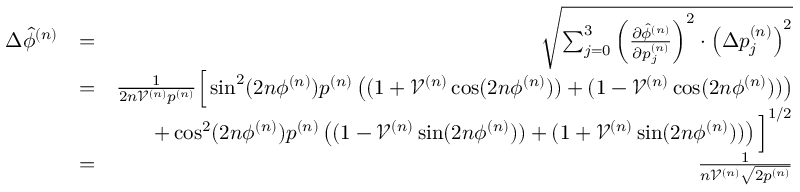
\begin{array} { r l r } { \Delta \hat { \phi } ^ { ( n ) } } & { = } & { \sqrt { \sum _ { j = 0 } ^ { 3 } \left( \frac { \partial \hat { \phi } ^ { ( n ) } } { \partial p _ { j } ^ { ( n ) } } \right) ^ { 2 } \cdot \left( \Delta p _ { j } ^ { ( n ) } \right) ^ { 2 } } } \\ & { = } & { \frac { 1 } { 2 n \mathcal { V } ^ { ( n ) } p ^ { ( n ) } } \Big [ \sin ^ { 2 } ( 2 n \phi ^ { ( n ) } ) p ^ { ( n ) } \left( ( 1 + \mathcal { V } ^ { ( n ) } \cos ( 2 n \phi ^ { ( n ) } ) ) + ( 1 - \mathcal { V } ^ { ( n ) } \cos ( 2 n \phi ^ { ( n ) } ) ) \right) } \\ & { } & { + \cos ^ { 2 } ( 2 n \phi ^ { ( n ) } ) p ^ { ( n ) } \left( ( 1 - \mathcal { V } ^ { ( n ) } \sin ( 2 n \phi ^ { ( n ) } ) ) + ( 1 + \mathcal { V } ^ { ( n ) } \sin ( 2 n \phi ^ { ( n ) } ) ) \right) \Big ] ^ { 1 / 2 } } \\ & { = } & { \frac { 1 } { n \mathcal { V } ^ { ( n ) } \sqrt { 2 p ^ { ( n ) } } } } \end{array}